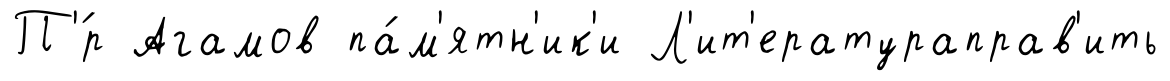
П'́р Агамов па́м'ятн'ик'и Л'ит'ератураправ'ить